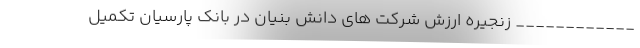
____________ زنجیره ارزش شرکت های دانش بنیان در بانک پارسیان تکمیل